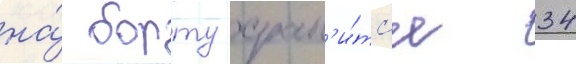
на́ борту хран'и́тс'я 34